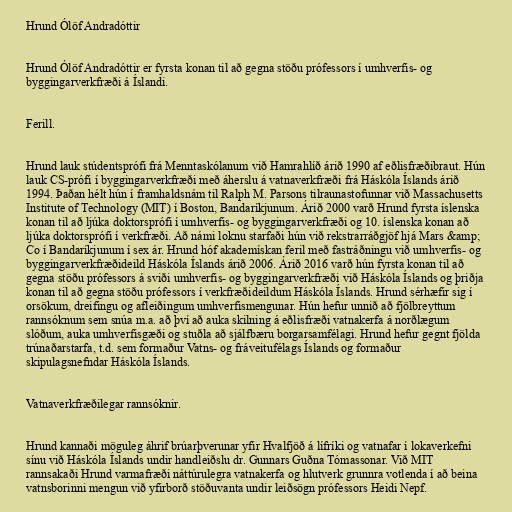
Hrund Ólöf Andradóttir

Hrund Ólöf Andradóttir er fyrsta konan til að gegna stöðu prófessors í umhverfis- og
byggingarverkfræði á Íslandi.

Ferill.

Hrund lauk stúdentsprófi frá Menntaskólanum við Hamrahlíð árið 1990 af eðlisfræðibraut. Hún
lauk CS-prófi í byggingarverkfræði með áherslu á vatnaverkfræði frá Háskóla Íslands árið
1994. Þaðan hélt hún í framhaldsnám til Ralph M. Parsons tilraunastofunnar við Massachusetts
Institute of Technology (MIT) í Boston, Bandaríkjunum. Árið 2000 varð Hrund fyrsta íslenska
konan til að ljúka doktorsprófi í umhverfis- og byggingarverkfræði og 10. íslenska konan að
ljúka doktorsprófi í verkfræði. Að námi loknu starfaði hún við rekstrarráðgjöf hjá Mars &amp;
Co í Bandaríkjunum í sex ár. Hrund hóf akademískan feril með fastráðningu við umhverfis- og
byggingarverkfræðideild Háskóla Íslands árið 2006. Árið 2016 varð hún fyrsta konan til að
gegna stöðu prófessors á sviði umhverfis- og byggingarverkfræði við Háskóla Íslands og þriðja
konan til að gegna stöðu prófessors í verkfræðideildum Háskóla Íslands. Hrund sérhæfir sig í
orsökum, dreifingu og afleiðingum umhverfismengunar. Hún hefur unnið að fjölbreyttum
rannsóknum sem snúa m.a. að því að auka skilning á eðlisfræði vatnakerfa á norðlægum
slóðum, auka umhverfisgæði og stuðla að sjálfbæru borgarsamfélagi. Hrund hefur gegnt fjölda
trúnaðarstarfa, t.d. sem formaður Vatns- og fráveitufélags Íslands og formaður
skipulagsnefndar Háskóla Íslands.

Vatnaverkfræðilegar rannsóknir.

Hrund kannaði möguleg áhrif brúarþverunar yfir Hvalfjöð á lífríki og vatnafar í lokaverkefni
sínu við Háskóla Íslands undir handleiðslu dr. Gunnars Guðna Tómassonar. Við MIT
rannsakaði Hrund varmafræði náttúrulegra vatnakerfa og hlutverk grunnra votlenda í að beina
vatnsborinni mengun við yfirborð stöðuvanta undir leiðsögn prófessors Heidi Nepf.